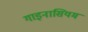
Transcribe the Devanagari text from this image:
गाइनासियम